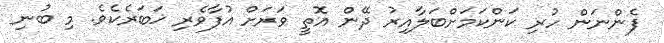
ފެންނަން ހުރި ކަންކަމަށްބަލާއިރު ދޭން އޮތީ ވަރަށް އުފާވެރި ޚަބަރެކެވެ. މި ބުނި